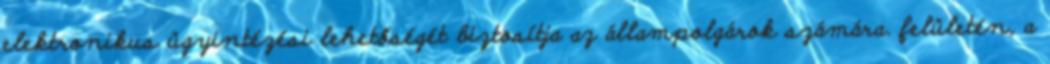
elektronikus ügyintézési lehetőségét biztosítja az állampolgárok számára. felületén, a